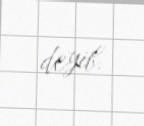
deyib.